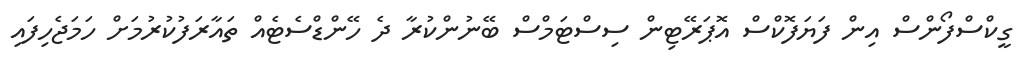
ގީކްސްފޯންސް އިން ފަޔަފޮކްސް އޮޕަރޭޓިން ސިސްޓަމްސް ބޭނުންކުރާ ދެ ހޭންޑްސެޓެއް ތައާރަފުކުރުމަށް ހަމަޖެހިފައި